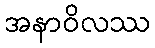
အနာဝိလဿ